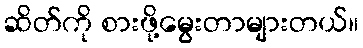
ဆိတ်ကို စားဖို့မွေးတာများတယ်။